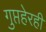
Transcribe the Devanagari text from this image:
गुप्तहेरही